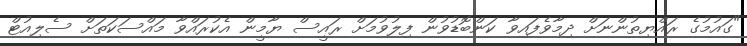
"ގައުމުގެ ރައްޔިތުންނަށް ދިމާވެފައިވާ ކަންބޮޑުވުން ފިލުވުމަށް ރައީސް ޔާމީން އެކުރައްވާ މައްސަކަތަށް ސެލިއުޓް